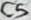
Text: C5